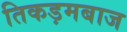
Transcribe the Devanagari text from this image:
तिकड़मबाज